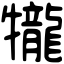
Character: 𤜆